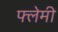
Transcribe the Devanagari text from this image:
फ्लेमी